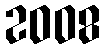
2008